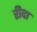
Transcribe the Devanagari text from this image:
रीदा